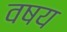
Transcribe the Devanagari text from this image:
वषय